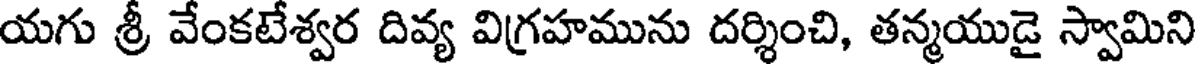
యగు శ్రీ వేంకటేశ్వర దివ్య విగ్రహమును దర్శించి, తన్మయుడై స్వామిని